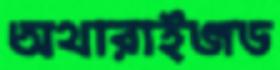
অথারাইজড